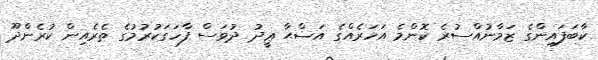
ކާބަފައިންގެ ޒަމާނުއްސުރެ ކޮންމެ އަހަރެއްގެ އަޟްޙާ ޢީދު ދުވަސް ފާހަގަކުރުމުގެ ތެރެއިން ކުރެންދޫ